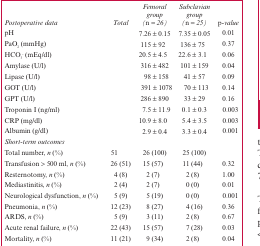
<table><thead><tr><td><b><i>Postoperative data</i></b></td><td><b><i>Total</i></b></td><td><b><i>Femoral group (n = 26)</i></b></td><td><b><i>Subclavian group (n = 25)</i></b></td><td><b><i>p-value</i></b></td></tr></thead><tbody><tr><td>pH</td><td></td><td>7.26 ± 0.15</td><td>7.35 ± 0.05</td><td>0.01</td></tr><tr><td>PaO<sub>2</sub> (mmHg)</td><td></td><td>115 ± 92</td><td>136 ± 75</td><td>0.37</td></tr><tr><td>HCO<sub>3</sub> - (mEq/dl)</td><td></td><td>20.5 ± 4.5</td><td>22.6 ± 3.1</td><td>0.06</td></tr><tr><td>Amylase (U/l)</td><td></td><td>316 ± 482</td><td>101 ± 159</td><td>0.04</td></tr><tr><td>Lipase (U/l)</td><td></td><td>98 ± 158</td><td>41 ± 57</td><td>0.09</td></tr><tr><td>GOT (U/l)</td><td></td><td>391 ± 1078</td><td>70 ± 113</td><td>0.14</td></tr><tr><td>GPT (U/l)</td><td></td><td>286 ± 890</td><td>33 ± 29</td><td>0.16</td></tr><tr><td>Troponin I (ng/ml)</td><td></td><td>7.5 ± 11.9</td><td>0.1 ± 0.3</td><td>0.003</td></tr><tr><td>CRP (mg/dl)</td><td></td><td>10.9 ± 8.0</td><td>5.4 ± 3.5</td><td>0.003</td></tr><tr><td>Albumin (g/dl)</td><td></td><td>2.9 ± 0.4</td><td>3.3 ± 0.4</td><td>0.001</td></tr><tr><td><i>Short-term outcomes</i></td><td></td><td></td><td></td><td></td></tr><tr><td>Total number, n (%)</td><td>51</td><td>26 (100)</td><td>25 (100)</td><td></td></tr><tr><td>Transfusion &gt; 500 ml, n (%)</td><td>26 (51)</td><td>15 (57)</td><td>11 (44)</td><td>0.32</td></tr><tr><td>Resternotomy, n (%)</td><td>4 (8)</td><td>2 (7)</td><td>2 (8)</td><td>1.00</td></tr><tr><td>Mediastinitis, n (%)</td><td>2 (4)</td><td>2 (7)</td><td>0 (0)</td><td>0.01</td></tr><tr><td>Neurological dysfunction, n (%)</td><td>5 (9)</td><td>5 (19)</td><td>0 (0)</td><td>0.001</td></tr><tr><td>Pneumonia, n (%)</td><td>12 (23)</td><td>8 (27)</td><td>4 (16)</td><td>0.36</td></tr><tr><td>ARDS, n (%)</td><td>5 (9)</td><td>3 (11)</td><td>2 (8)</td><td>0.67</td></tr><tr><td>Acute renal failure, n (%)</td><td>22 (43)</td><td>15 (57)</td><td>7 (28)</td><td>0.03</td></tr><tr><td>Mortality, n (%)</td><td>11 (21)</td><td>9 (34)</td><td>2 (8)</td><td>0.04</td></tr></tbody></table>